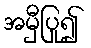
အမှီပြု၍